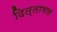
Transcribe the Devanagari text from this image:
दित्तामल